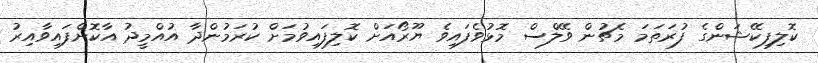
ކޮލިފިކޭޝަންގެ ފުރަތަމަ މެޗުން ވޭލްސް މޮޅުވެފައިވެ ޔޫރޯއަށް ކޮލިފައިވުމަށް ކުރަމުންދާ އުއްމީދު އާކޮށްފައިވާއިރު